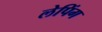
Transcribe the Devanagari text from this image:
लेपिंग